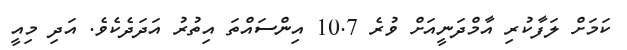
ކަމަށް ލަފާކުރި އާމްދަނީއަށް ވުރެ 10.7 އިންސައްތަ އިތުރު އަދަދެކެވެ. އަދި މިއީ